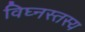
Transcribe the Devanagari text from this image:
विघ्नस्तस्य